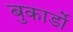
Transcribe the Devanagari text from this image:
बुकार्डो